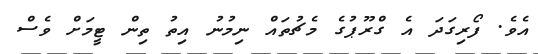
އެވެ. ފޯރިގަދަ އެ ގްރޫޕުގެ މެޗުތައް ނިމުނު އިތު ތިން ޓީމަށް ވެސް